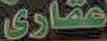
عقارى